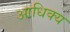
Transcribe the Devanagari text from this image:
आधिक्‍य